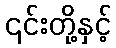
၎င်းတို့နှင့်